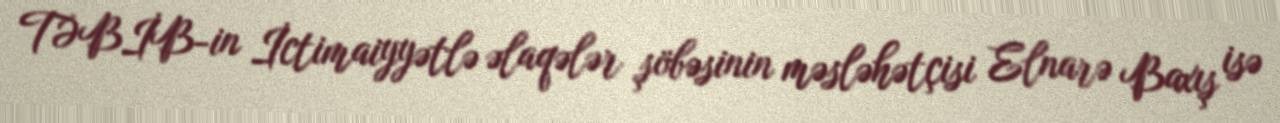
TƏBİB-in İctimaiyyətlə əlaqələr şöbəsinin məsləhətçisi Elnarə Baxış isə